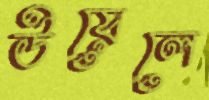
উয়েলে